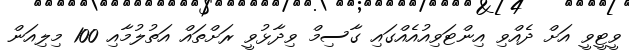
ވީޓީވީ އަށް ދެއްވި އިންޓަވިއުއެއްގައި ގާސިމް ވިދާޅުވީ ރަށްތައް އަތުލުމާއި 100 މިލިއަން